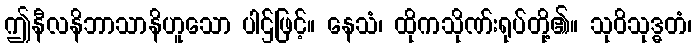
ဤနီလနိဘာသာနိဟူသော ပါဌ်ဖြင့်။ နေသံ၊ ထိုကသိုဏ်းရုပ်တို့၏။ သုဝိသုဒ္ဓတံ၊